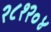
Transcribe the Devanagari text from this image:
२८१२०४